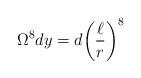
LaTeX: \begin{align*}\Omega^8 dy = d{\left( \frac{\ell}{r} \right)}^8\end{align*}